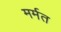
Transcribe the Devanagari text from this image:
मर्मत